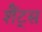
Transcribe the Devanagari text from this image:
शैंट्स